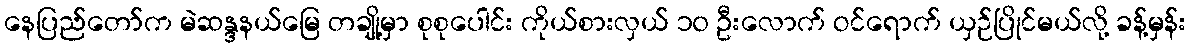
နေပြည်တော်က မဲဆန္ဒနယ်မြေ တချို့မှာ စုစုပေါင်း ကိုယ်စားလှယ် ၁၀ ဦးလောက် ဝင်ရောက် ယှဉ်ပြိုင်မယ်လို့ ခန့်မှန်း